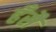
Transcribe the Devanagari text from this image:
हँसै